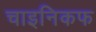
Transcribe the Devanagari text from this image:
चाइनिकफ